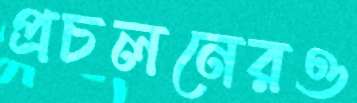
প্রচলনেরও